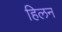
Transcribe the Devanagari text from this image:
हिलन